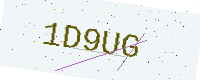
Text: 1D9UG